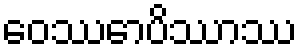
ဝေဿောပိဿာဿ